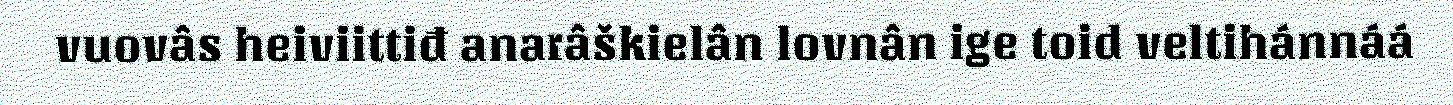
vuovâs heiviittiđ anarâškielân lovnân ige toid veltihánnáá